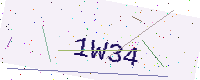
Text: 1W34